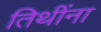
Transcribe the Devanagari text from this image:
तिथींना